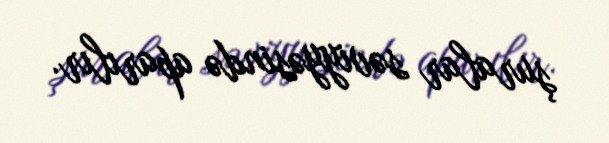
şuralar səviyyəsində aparılır.